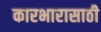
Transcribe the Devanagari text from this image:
कारभारासाठी